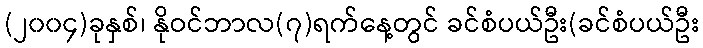
(၂၀၀၄)ခုနှစ်၊ နိုဝင်ဘာလ(၇)ရက်နေ့တွင် ခင်စံပယ်ဦး(ခင်စံပယ်ဦး